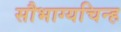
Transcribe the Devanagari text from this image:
सौभाग्यचिन्ह